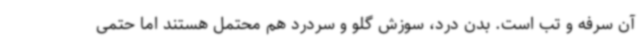
آن سرفه و تب است. بدن درد، سوزش گلو و سردرد هم محتمل هستند اما حتمی